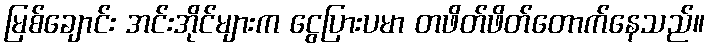
မြစ်ချောင်း အင်းအိုင်များက ငွေပြားပမာ တဖိတ်ဖိတ်တောက်နေသည်။